Report of the Indian Hemp Drugs Commission, 1894-1895 - Volume III
Year: 1894
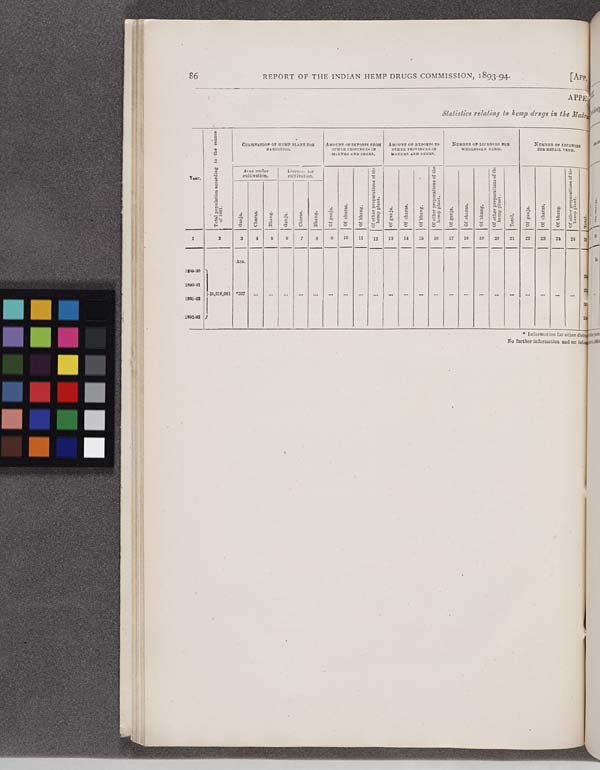
86
REPORT OF THE INDIAN HEMP DRUGS COMMISSION, 1893-94.
[APP.
APPEA
Statistics relating to hemp drugs in the Mad
Year.
Total population according to the census
of 1891.
CULTIVATION OF HEMP PLANT FOR
NARCOTICS.
AMOUNT OF IMPORTS FROM
OTHER PROVINCES IN
MAUNDS
AND
SEERS.
AMOUNT OF EXPORTS TO
OTHER PROVINCES IN
MAUNDS AND SEERS.
NUMBER OF LICENSES FOR
WHOLESALE VEND.
NUMBER OF LICENSES
FOR RETAIL VEND.
Year.
Total population according to the census
of 1891.
Area under
cultivation.
Licenses for
cultivation.
Of ganja. Of charas. Of bhang.
Of other preparations of the
hemp plant.
Of ganja. Of charas. Of bhang.
Of other preparations of the
hemp plant.
Of ganja. Of charas. Of bhang.
Of other preparations of the
hemp plant.
Tot al .
Of ganja. Of charas. Of bhang.
Of other prepar
hemp plant.
Year.
Total population according to the census
of 1891.
Ganja.
Charas.
Bhang.
Ganja.
Charas.
Bhang.
Of ganja. Of charas. Of bhang.
Of other preparations of the
hemp plant.
Of ganja. Of charas. Of bhang.
Of other preparations of the
hemp plant.
Of ganja. Of charas. Of bhang.
Of other preparations of the
hemp plant.
Tot al .
Of ganja. Of charas. Of bhang.
Of other prepar
hemp plant.
1
2
3
4
5
6
7
8
9
10 11 12 13 14 15 16 17 18 19 20 21 22 23 24 25 26
Acs.
1889-90
1
1890-91
35,616,081 *397
1991-92
2
1992-93
1
* Information for other dist
No further information and no inf